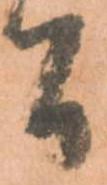
間